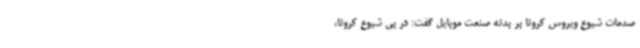
صدمات شیوع ویروس کرونا بر بدنه صنعت موبایل گفت: در پی شیوع کرونا،